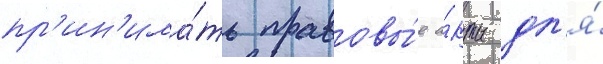
пр'ин'има́ть правовы́е а́кты дл'я́